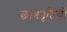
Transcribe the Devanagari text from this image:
छात्रवृतियों